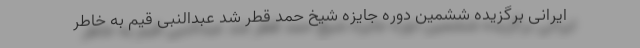
ایرانی برگزیده ششمین دوره جایزه شیخ حمد قطر شد عبدالنبی قیم به خاطر